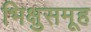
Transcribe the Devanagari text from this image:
भिक्षुसमूह